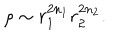
\rho \sim r _ { 1 } ^ { 2 n _ { 1 } } r _ { 2 } ^ { 2 n _ { 2 } } .